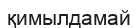
қимылдамай